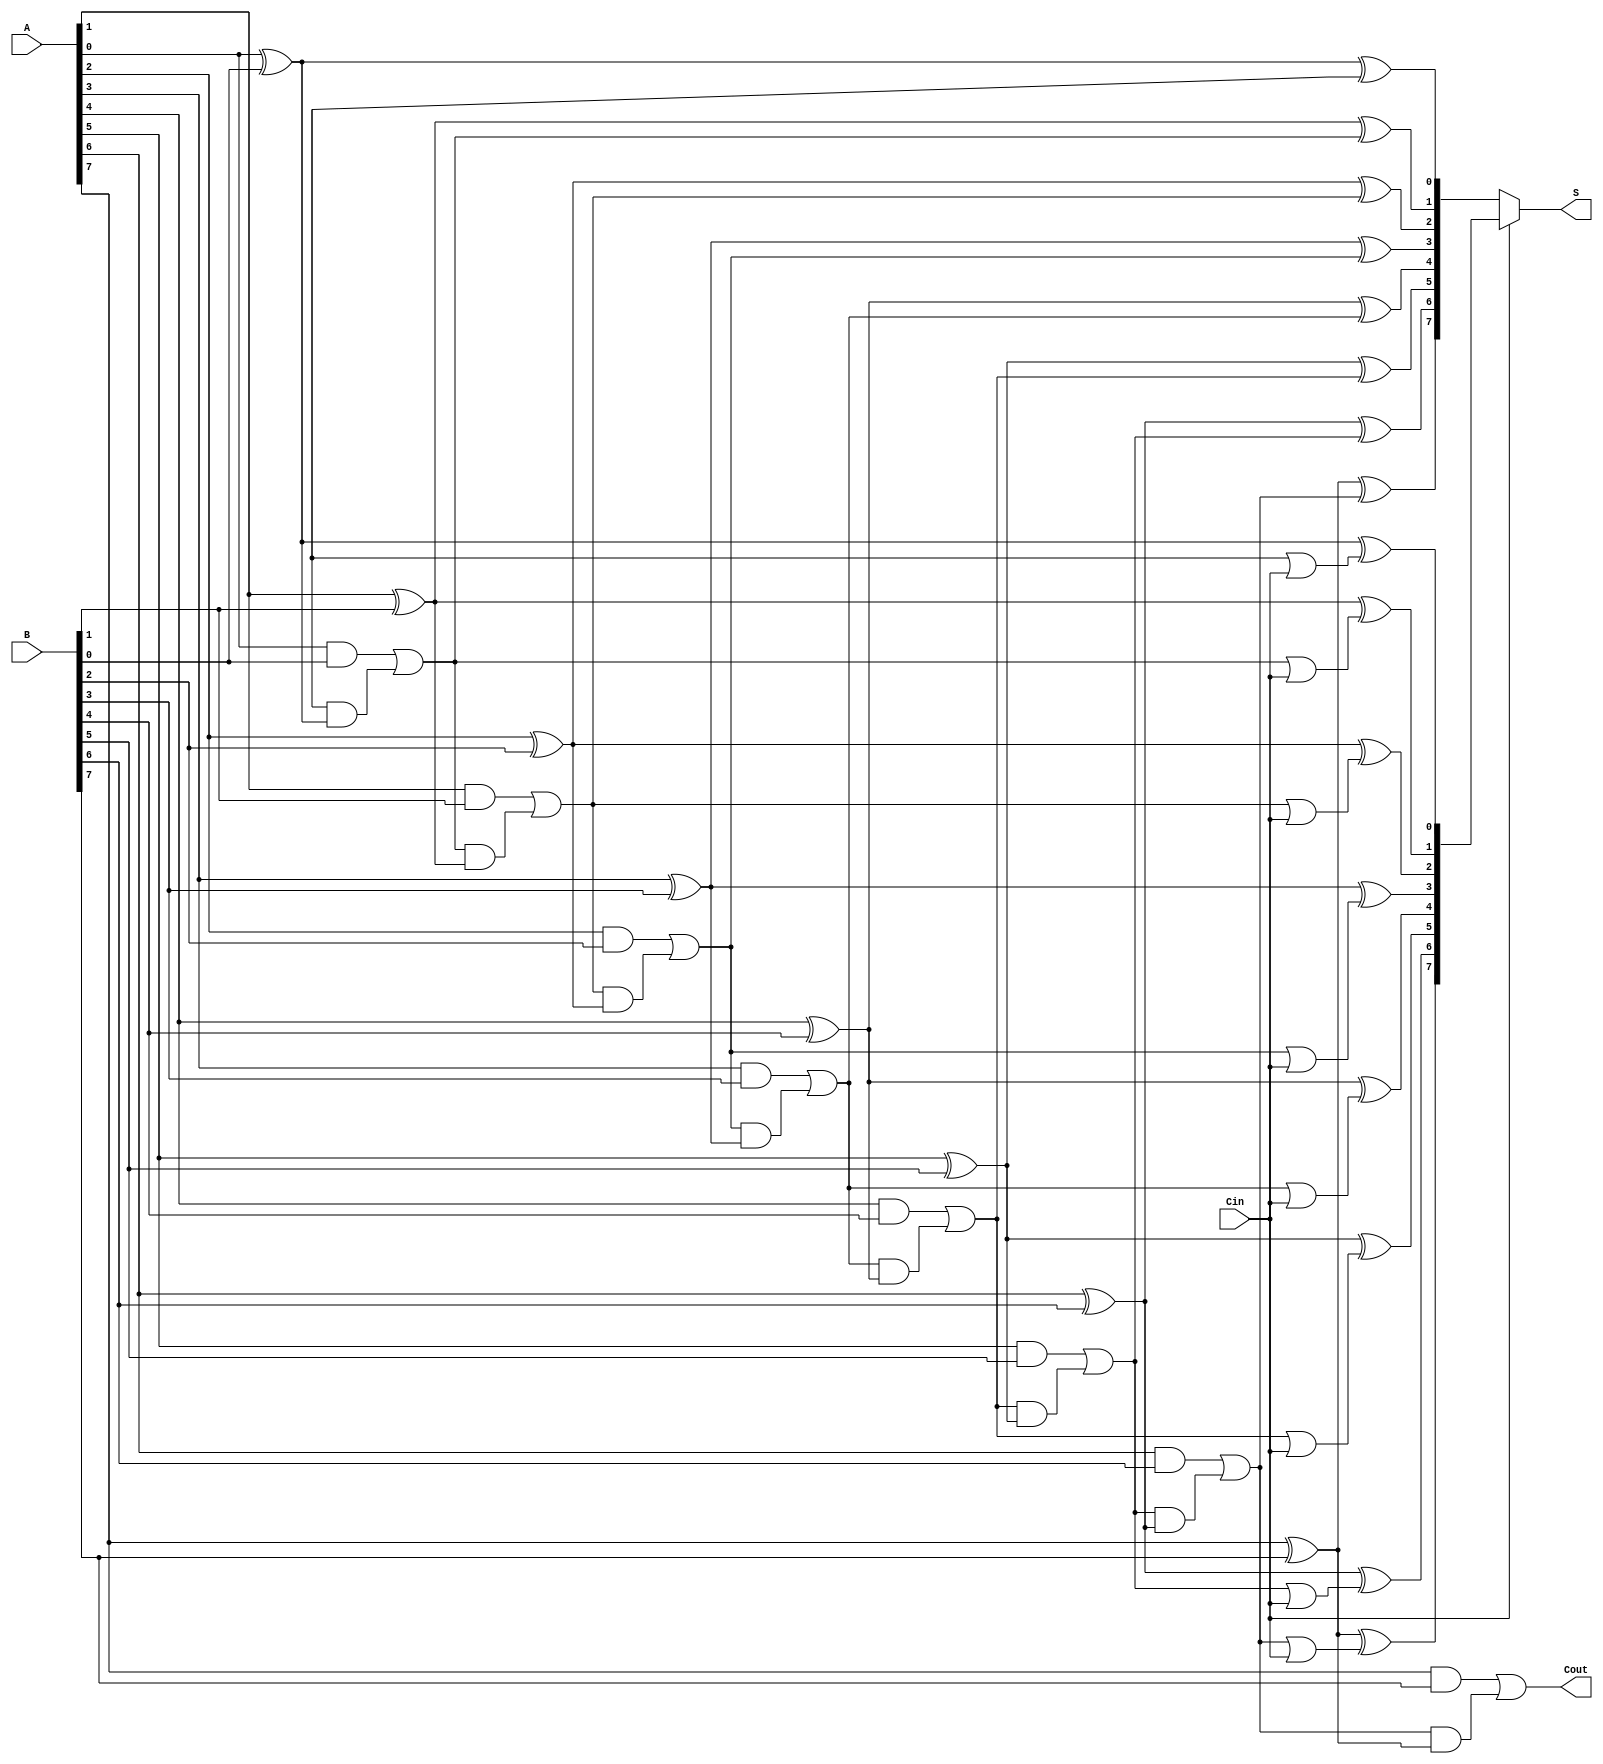
module Parallel_Prefix_Carry_Select_Adder #(parameter n = 8) (
    input [n-1:0] A,
    input [n-1:0] B,
    input Cin,
    output [n-1:0] S,
    output Cout
);
    // Internal signals
    wire [n:0] carry;
    wire [n:0] sum0, sum1;

    // Generate carry signals
    genvar i;
    generate
        for (i = 0; i < n; i = i + 1) begin: carry_gen
            assign carry[i+1] = (A[i] & B[i]) | (carry[i] & (A[i] ^ B[i]));
            assign sum0[i] = A[i] ^ B[i] ^ carry[i];  // Sum if Cin = 0
            assign sum1[i] = A[i] ^ B[i] ^ (carry[i] | Cin); // Sum if Cin = 1
        end
    endgenerate

    // Final carry out
    assign Cout = carry[n];

    // Select the appropriate sum based on the carry-in
    assign S = (Cin) ? sum1 : sum0;

endmodule